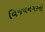
વિજયનગરનો